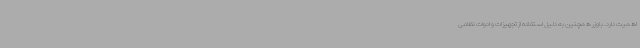
اهمیت دارد. باوزر همچنین به دلیل استفاده از تجهیزات و ادوات نظامی